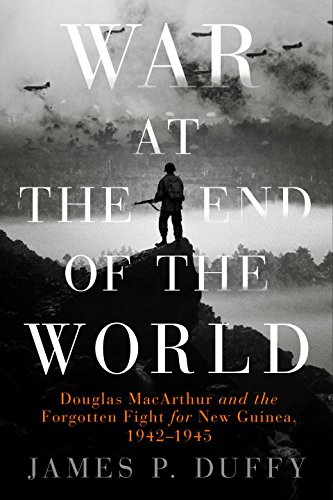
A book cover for War at the End of the World: Douglas MacArthur and the Forgotten Fight For New Guinea, 1942-1945; James P. Duffy; History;